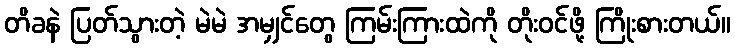
တိခနဲ ပြတ်သွားတဲ့ မဲမဲ အမျှင်တွေ ကြမ်းကြားထဲကို တိုးဝင်ဖို့ ကြိုးစားတယ်။